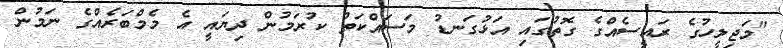
"މަޖިލީހުގެ ރައީސެއްގެ ގޮތުގައި އަޅުގަނޑު މަސައްކަތް ކުރަމުން ދިޔައީ އެ މެމްބަރެއްގެ ނަމުން